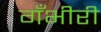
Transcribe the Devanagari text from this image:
गँभीरी